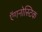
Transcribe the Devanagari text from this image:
ऍगनोस्टिक